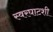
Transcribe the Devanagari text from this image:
स्वरघाटशी